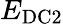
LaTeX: E_{\mathrm{DC2}}